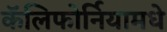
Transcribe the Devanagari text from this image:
कॅलिफोर्नियामधे